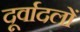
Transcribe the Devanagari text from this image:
दूर्वादलों